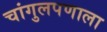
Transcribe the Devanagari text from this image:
चांगुलपणाला